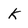
Character: k